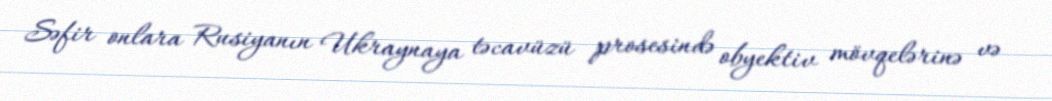
Səfir onlara Rusiyanın Ukraynaya təcavüzü prosesində obyektiv mövqelərinə və